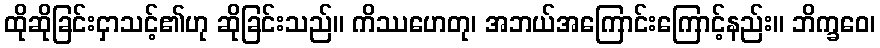
ထိုဆိုခြင်းငှာသင့်၏ဟု ဆိုခြင်းသည်။ ကိဿဟေတု၊ အဘယ်အကြောင်းကြောင့်နည်း။ ဘိက္ခဝေ၊